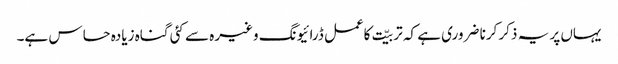
یہاں پر یہ ذکر کرنا ضروری ہے کہ تربیّت کاعمل ڈرائیونگ وغیرہ سے کئی گناہ زیادہ حساس ہے۔